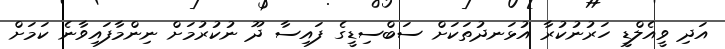
އަދި ވީއެލްޑީ ހަރުނުކުރާ އުޅަނދުތަކަށް ސަބްސިޑީގެ ފައިސާ ދޫ ނުކުރުމަށް ނިންމާފައިވާނެ ކަމަށް